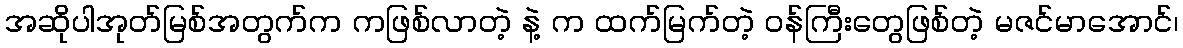
အဆိုပါအုတ်မြစ်အတွက်က ကဖြစ်လာတဲ့ နဲ့ က ထက်မြက်တဲ့ ဝန်ကြီးတွေဖြစ်တဲ့ မဇင်မာအောင်၊